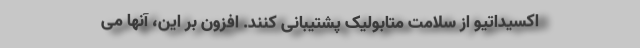
اکسیداتیو از سلامت متابولیک پشتیبانی کنند. افزون بر این، آنها می